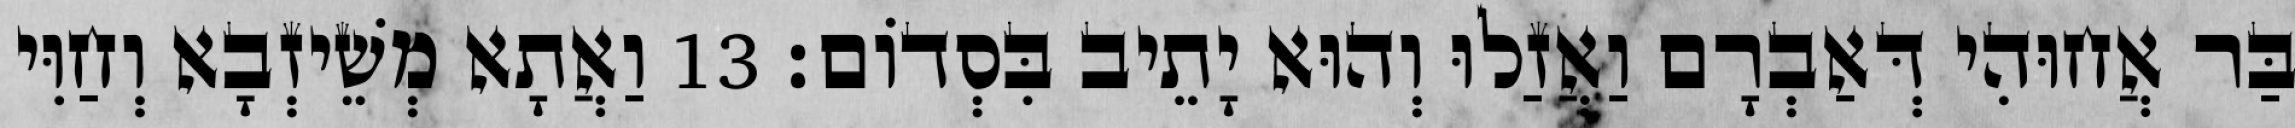
בַּר אֲחוּהִי דְּאַבְרָם וַאֲזַלוּ וְהוּא יָתֵיב בִּסְדוֹם׃ 13 וַאֲתָא מְשֵׁיזְבָא וְחַוִּי